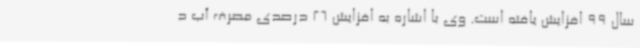
سال 99 افزایش یافته است. وی با اشاره به افزایش 26 درصدی مصرف آب د